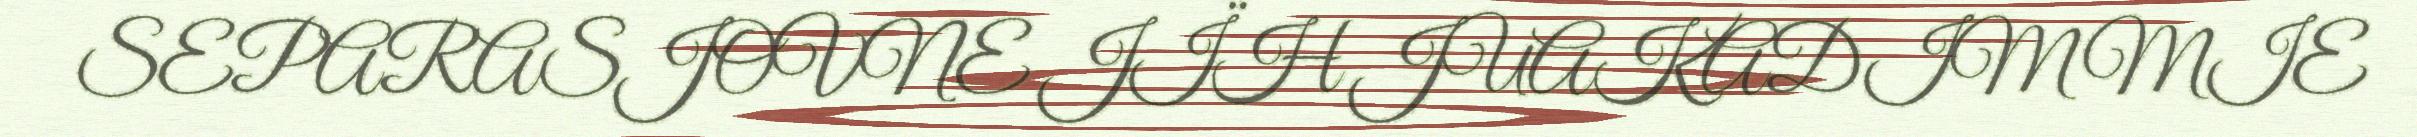
SEPARASJOVNE JÏH JUAKADIMMIE